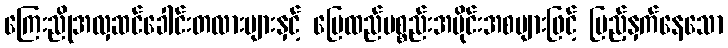
ကြေးညိုအလှဆင်ခေါင်းတလားများနှင့် မြေထည်ပစ္စည်းအပိုင်းအစများဖြင့် ပြည့်နှက်နေသော